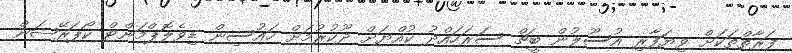
ފަރާތްތަކަށް ވިޔަފާރި އުސޫލުން ބީޗް ސަރަހައްދު ކުއްޔަށް ދޫކުރުމަށް ހައުސިން ޑިވެލޮޕްމަންޓް ކޯޕަރޭޝަން